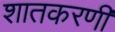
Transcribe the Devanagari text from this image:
शातकरणी